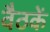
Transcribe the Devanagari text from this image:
वैठकें